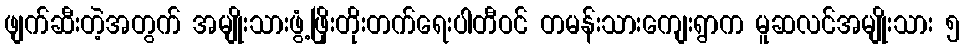
ဖျက်ဆီးတဲ့အတွက် အမျိုးသားဖွံ့ဖြိုးတိုးတက်ရေးပါတီဝင် တမန်းသားကျေးရွာက မူဆလင်အမျိုးသား ၅